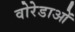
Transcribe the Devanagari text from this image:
वोरेडाओं